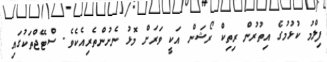
ފިލްމު ކުޅުމުގެ އިތުރުން ރިތިކް ރޯޝަން އަކީ ވަރަށް މޮޅު ނެށުންތެރިއެކެވެ. ސްޓޭޖްތަކުގައި